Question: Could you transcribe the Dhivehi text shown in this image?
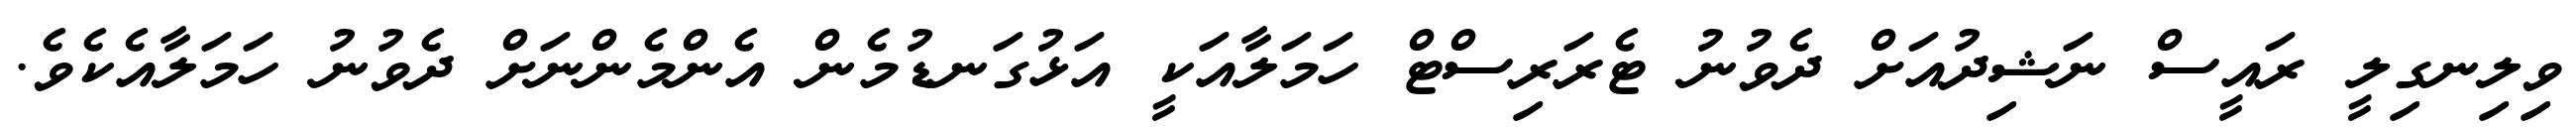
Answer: ވިލިނގިލީ ރައީސް ނަޝިދުއަށް ދެވުނު ޓެރަރިސްޓް ހަމަލާއަކީ އަޅުގަނޑުމެން އެންމެންނަށް ދެވުނު ހަމަލާއެކެވެ.